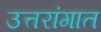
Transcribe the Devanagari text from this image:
उत्तरांगात